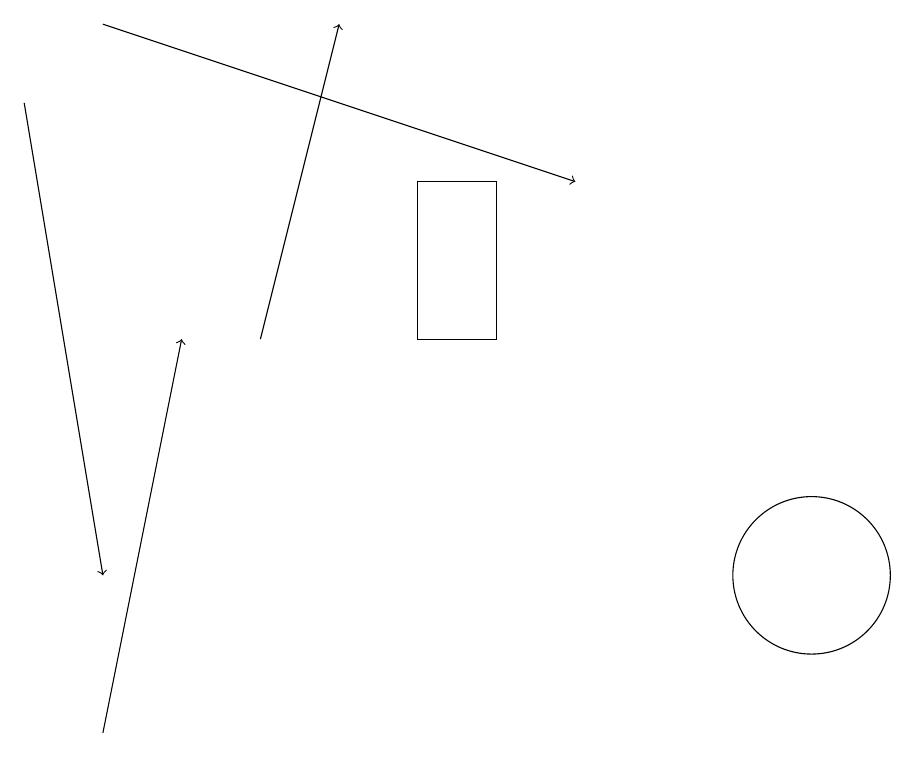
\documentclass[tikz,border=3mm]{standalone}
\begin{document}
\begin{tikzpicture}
\draw[->] (2,19) -- (8,17);
\draw (11,12) circle (1);
\draw[->] (4,15) -- (5,19);
\draw[->] (1,18) -- (2,12);
\draw (6,15) rectangle (7,17);
\draw[->] (2,10) -- (3,15);
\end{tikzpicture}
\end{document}